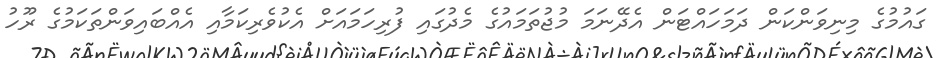
ގައުމުގެ މިނިވަންކަން ދަމަހައްޓަން އެދޭނަމަ މުޖުތަމައުގެ މެދުގައި ފުރިހަމައަށް އެކުވެރިކަމާއި އެއްބައިވަންތަކަމުގެ ރޫހު